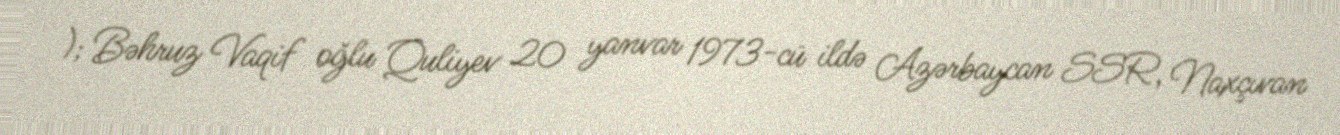
); Bəhruz Vaqif oğlu Quliyev 20 yanvar 1973-cü ildə Azərbaycan SSR, Naxçıvan